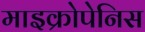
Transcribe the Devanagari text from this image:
माइक्रोपेनिस